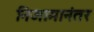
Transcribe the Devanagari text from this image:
निजामानंतर